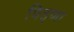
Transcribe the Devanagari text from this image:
पितृंणा